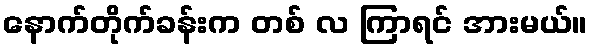
နောက်တိုက်ခန်းက တစ် လ ကြာရင် အားမယ်။